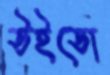
উইডো